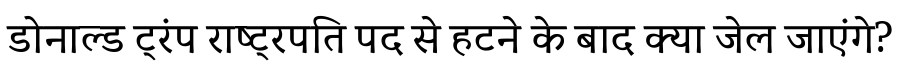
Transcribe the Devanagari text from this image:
डोनाल्ड ट्रंप राष्ट्रपति पद से हटने के बाद क्या जेल जाएंगे?